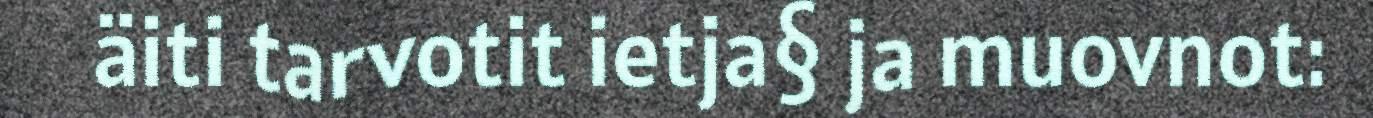
äiti tarvotit ietja§ ja muovnot: